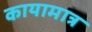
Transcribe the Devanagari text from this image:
कायामात्र